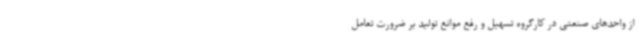
از واحدهای صنعتی در کارگروه تسهیل و رفع موانع تولید بر ضرورت تعامل